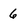
Character: 6